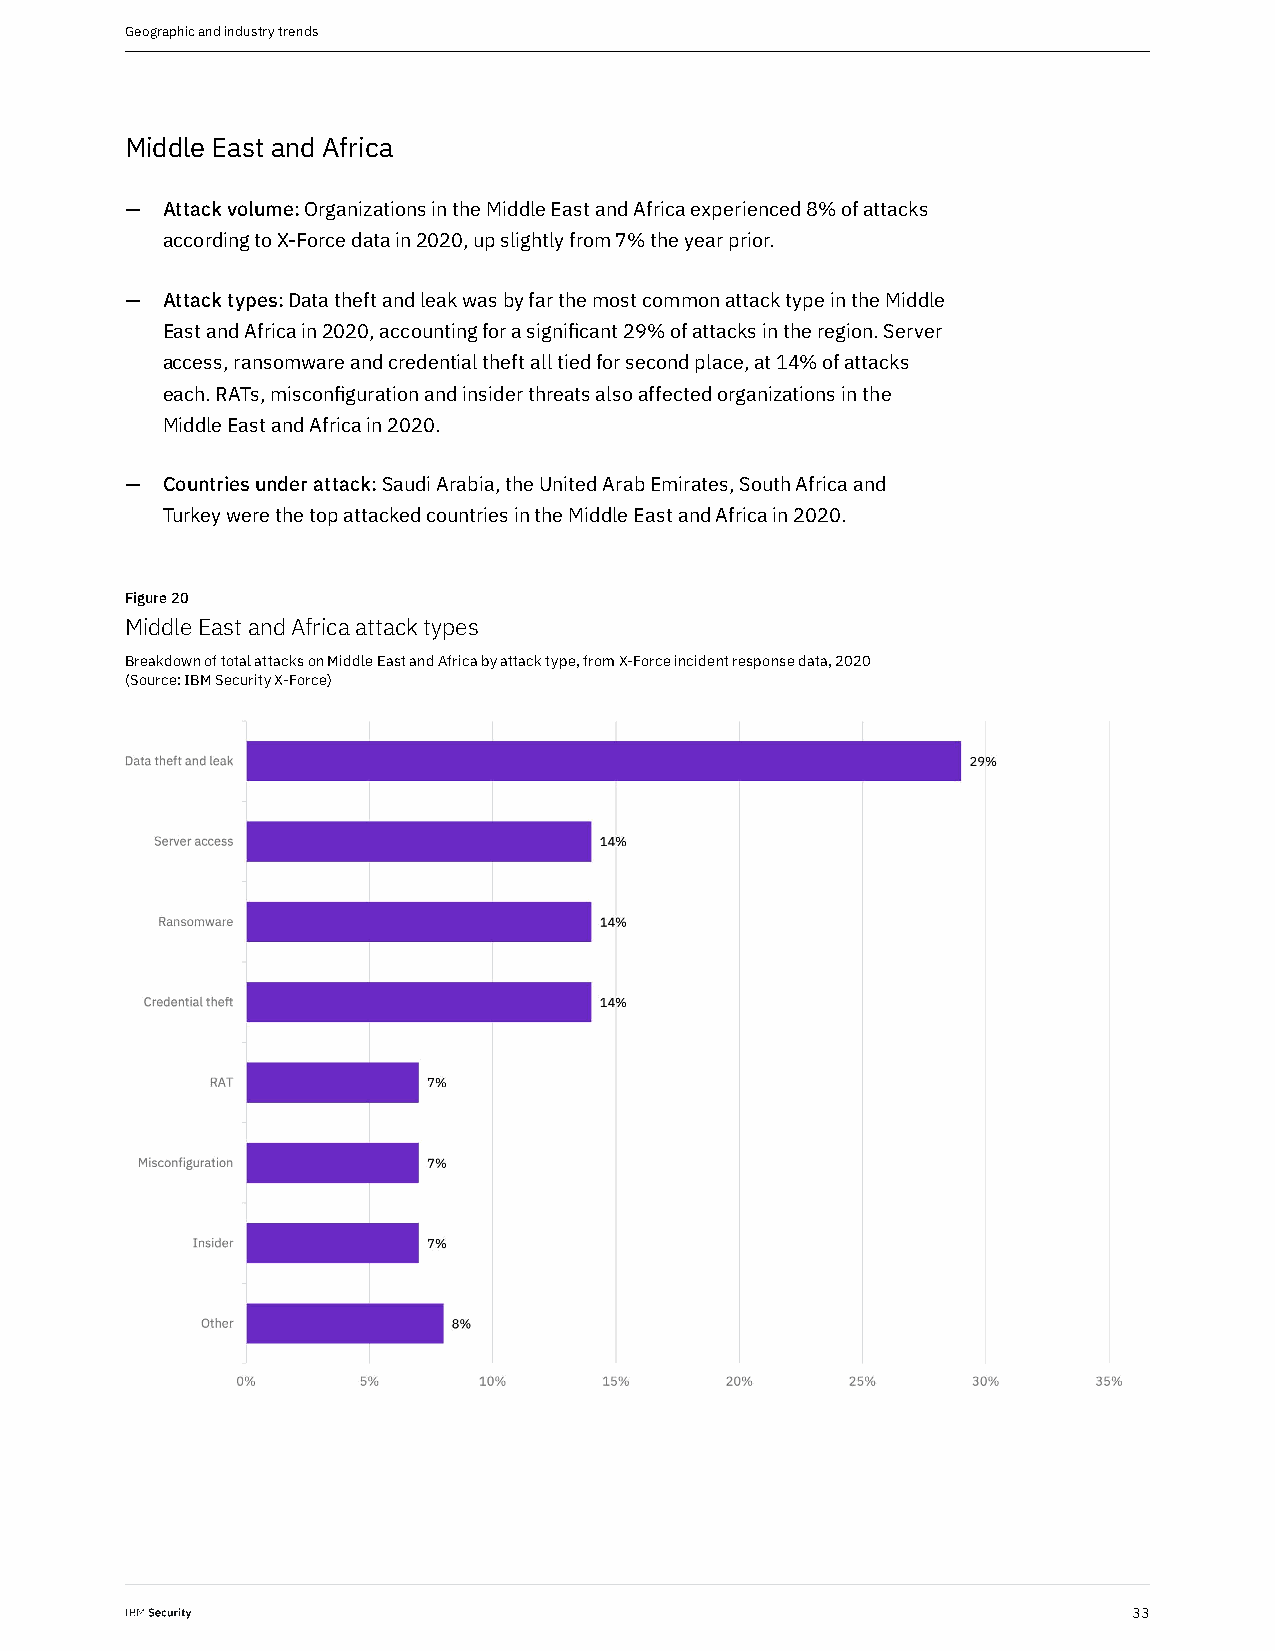
Geographic and industry trends
 Middle East and Africa
 —  Attack volume: Organizations in the Middle East and Africa experienced 8% of attacks
 according to X-Force data in 2020, up slightly from 7% the year prior.
 —  Attack types: Data theft and leak was by far the most common attack type in the Middle
 East and Africa in 2020, accounting for a significant 29% of attacks in the region. Server
 access, ransomware and credential theft all tied for second place, at 14% of attacks
 each. RATs, misconfiguration and insider threats also affected organizations in the
 Middle East and Africa in 2020.
 —  Countries under attack: Saudi Arabia, the United Arab Emirates, South Africa and
 Turkey were the top attacked countries in the Middle East and Africa in 2020.
 Figure 20
 Middle East and Africa attack types
 Breakdown of total attacks on Middle East and Africa by attack type, from X-Force incident response data, 2020
 (Source: IBM Security X-Force)
 33